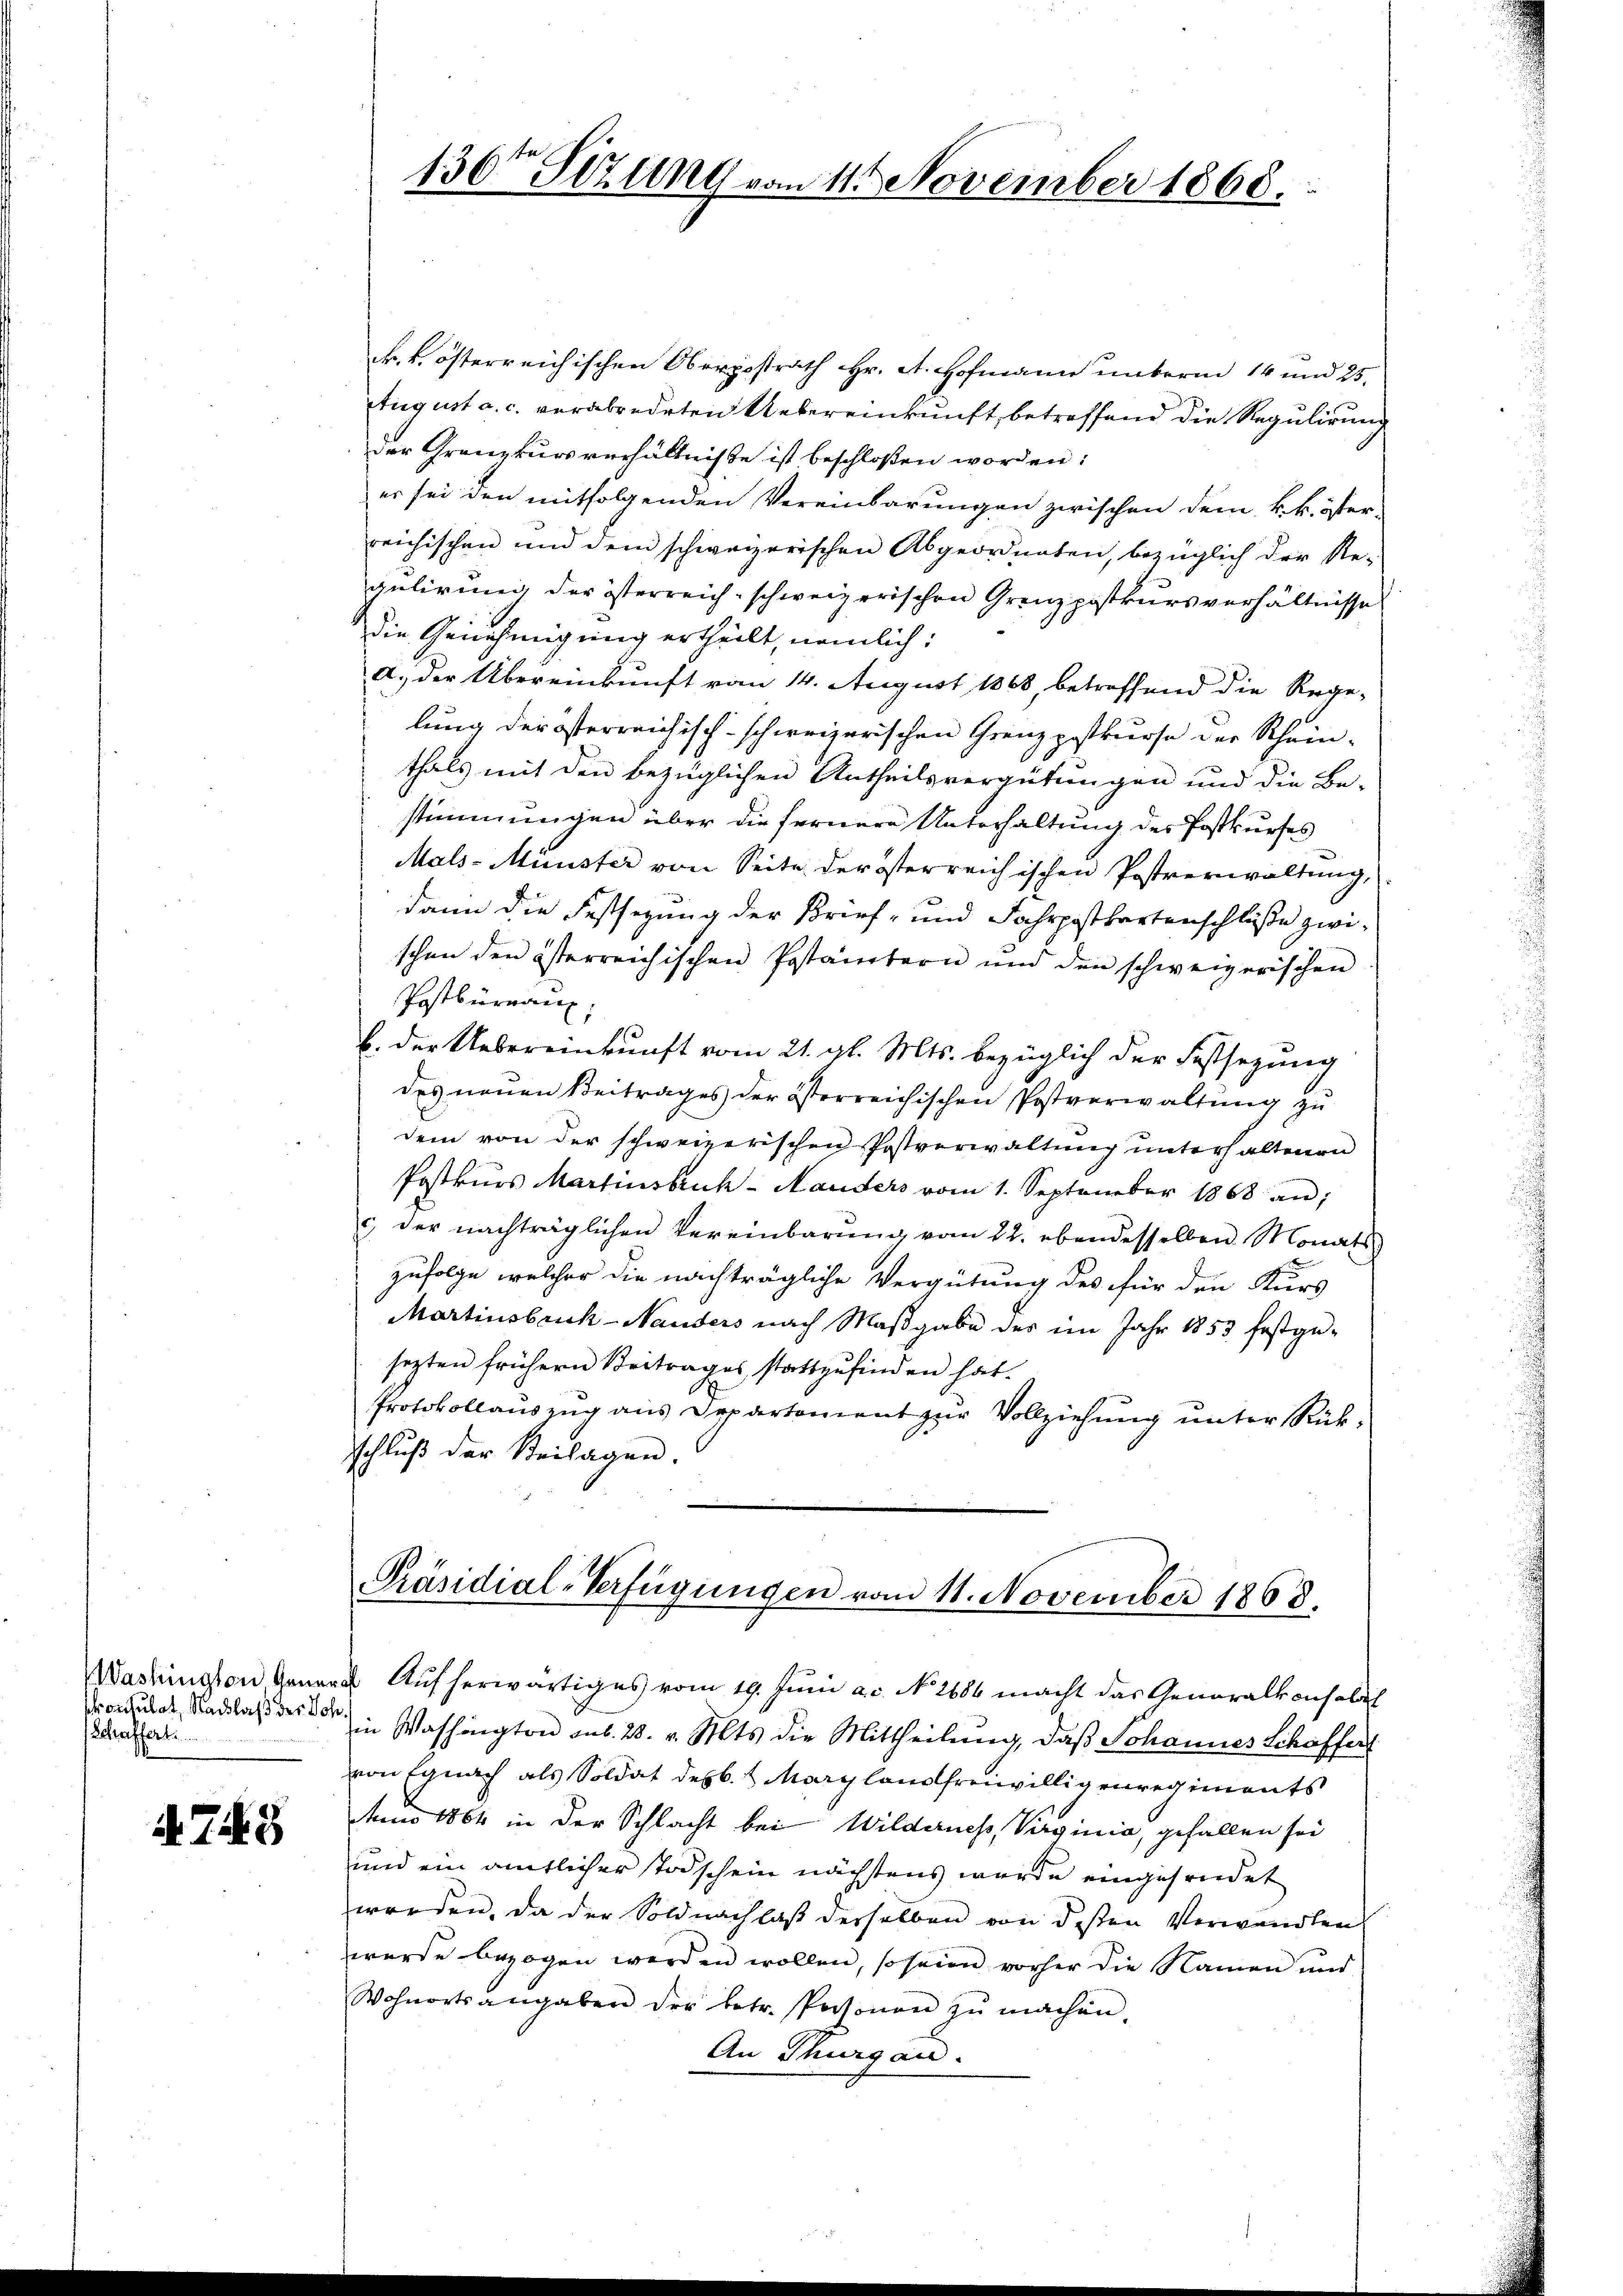
skontulat, Nachlaß des Joh.
Schaffert.

i. Tag

k. k. österreichischen Oberpostrath Hr. A. Hofmann unterm 14 und 25.
Stugust a. c. verabredeten Uebereinkunft, betreffend die Regulirung
der Granzkursverhältnisse ist beschloßen worden:
er sei den mitfolgenden Vereinbarungen zwischen dem k. k. öster-
reichischen und dem schweizerischen Abgeordneten, bezüglich der Re-
gulirung der österreich-schweizerischen Grenzpostkursverhältnisse
die Genehmigung ertheilt, nämlich:
a. der Übereinkunft vom 14. August 1868, betreffend die Rege-
lung der österreichisch-schweizerischen Grenzpostkurse der Schein-
thals mit den bezüglichen Antheilsvergütungen und die Be-
stimmungen über die fernere Unterhaltung des Postkurses
Mals-Münster von Seite der österreichischen Postverwaltung,
dann die Festhegung der Brief- und Fahrpostkartenschlüße zwi-
schen den österreichischen Pestanztern und den schweizerischen
Postbüreau,
b. der Uebereinkunft vom 21. gl. Mts. bezüglich der Festsezung
des neuen Beitrages der österreichischen Postverwaltung zu
dem von der schweizerischen Postverwaltung unterhaltenen
Postkŭrs Martinsbruch-Mauders vom 1. September 1868 an;
c der nachträglichen Vereinbarŭng vom 22. ebendesselben Monats
zufolge, welcher die nachträgliche Vergütung des für den Kurs
Martinsbruck-Nauders nach Maßgabe des im Jahr 1853 festge-
sezten frühern Beitrages stattzŭfinden hat.
Protokollauszug aus Departement zur Vollziehung unter Rückschluß der Beilagen.

130ten Sizung vom 11. November 1868.

Präsidial-Verfügungen vom 11. November 1868.

Washington Gener Aufherwärtiges vom 19. Juni a.c. No. 2686 macht das Generalkonsolat
in Washington sub. 28. v. Mts. die Mittheilung, daß Johannes Schaffert
von Egnach als Soldat des Marglandfreiwilligenregiments
Ans 1864 in der Schlacht bei Wilderness, Virginia, gefallen sei
und ein amtlicher stodschein nächstens wurde eingefriedet
worden, da der Soldnachlaß derselben von dessen Verwandten
wurde bezogen werden wollen, so seien vorher die Namen und
Wohnortsangaben der betr. Personen zŭ machen.
An Thurgau.